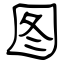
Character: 图